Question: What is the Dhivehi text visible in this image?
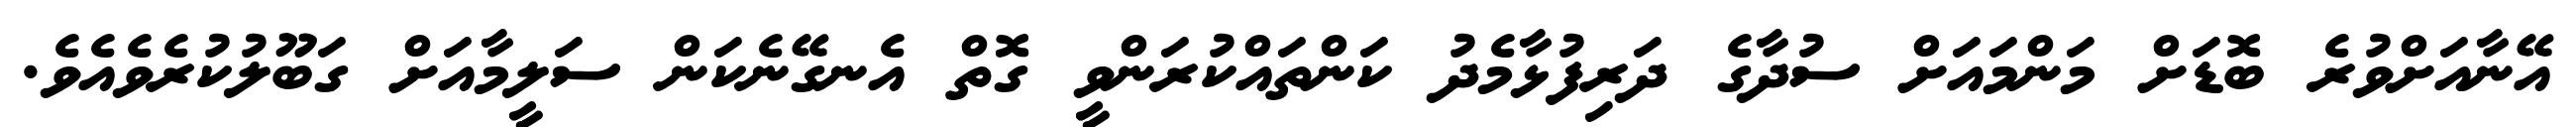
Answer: އޭނާއަށްވުރެ ބޮޑަށް މަންމައަށް ސުދާގެ ދަރިފުޅާމެދު ކަންތައްކުރަންވީ ގޮތް އެނގޭނެކަން ސަލީމާއަށް ގަބޫލުކުރެވެއެވެ.